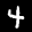
Label: 4